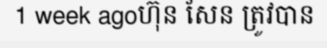
1 week agoហ៊ុន សែន ត្រូវបាន